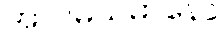
အာဂမယမာနော